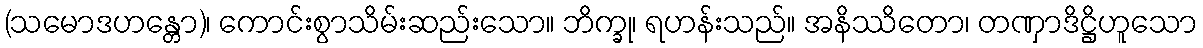
(သမောဒဟန္တော)၊ ကောင်းစွာသိမ်းဆည်းသော။ ဘိက္ခု၊ ရဟန်းသည်။ အနိဿိတော၊ တဏှာဒိဋ္ဌိဟူသော